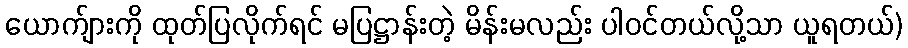
ယောက်ျားကို ထုတ်ပြလိုက်ရင် မပြဋ္ဌာန်းတဲ့ မိန်းမလည်း ပါဝင်တယ်လို့သာ ယူရတယ်)